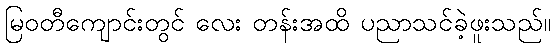
မြဝတီကျောင်းတွင် လေး တန်းအထိ ပညာသင်ခဲ့ဖူးသည်။